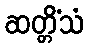
ဆတ္တိံသံ